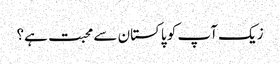
زیک آپ کو پاکستان سے محبت ہے؟